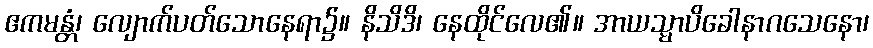
ဧကမန္တံ၊ လျောက်ပတ်သောနေရာ၌။ နိသိဒိ၊ နေထိုင်လေ၏။ အာယသ္မာပိခေါနာဂသေနော၊